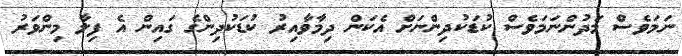
ނަމަވެސް މަދުންނަމަވެސް ކުޑަކުދިންނަށް އެކަން ދިމާވާއިރު ކުޑަކުދިންގެ ގައިން އެ ފިލާ މިންވަރު